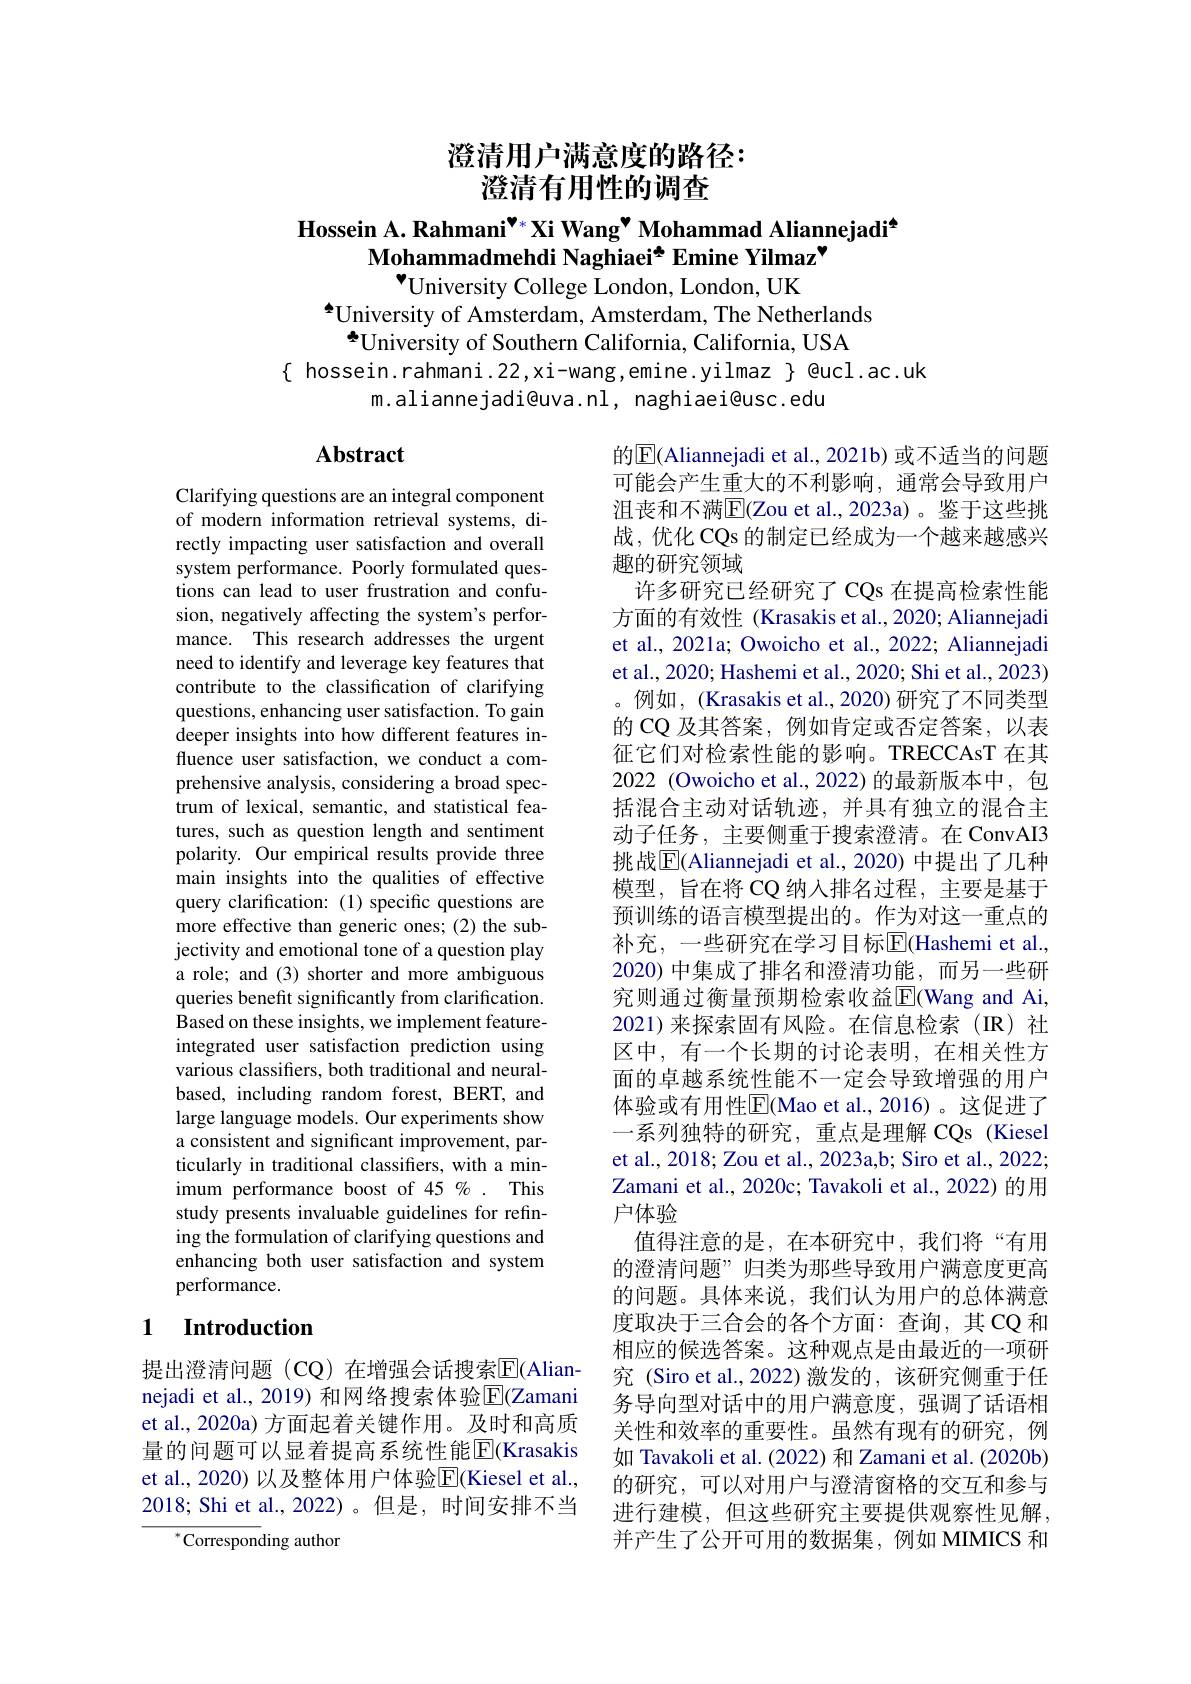
澄清用户满意度的路径：
澄清有用性的调查

Hossein A. Rahmani$^{\text{\"{*}}*}$Xi Wang$^{\bullet}$ Mohammad Aliannejadi$^{4}$
Mohammadmehdi Naghiaei* Emine Yilmaz"
$^{\bullet}$University College London, London, UK

$^{\textcircled{4}}$University of Amsterdam, Amsterdam, The Netherlands
$\tilde{\text{University of Southern California, California, USA}}$
$\{$ hossein.rahmani.22,xi-wang,emine.yilmaz $\}$ @ucl.ac.uk
m.aliannejadi@uva.nl, naghiaei@usc.edu

## Abstract

Clarifying questions are an integral component of modern information retrieval systems, directly impacting user satisfaction and overall system performance. Poorly formulated questions can lead to user frustration and confusion, negatively affecting the system's performance. This research addresses the urgent need to identify and leverage key features that contribute to the classification of clarifying questions, enhancing user satisfaction. To gain deeper insights into how different features influence user satisfaction, we conduct a comprehensive analysis, considering a broad spectrum of lexical, semantic, and statistical features, such as question length and sentiment polarity. Our empirical results provide three main insights into the qualities of effective query clarification: (1) specific questions are more effective than generic ones; (2) the subjectivity and emotional tone of a question play a role; and (3) shorter and more ambiguous queries benefit significantly from clarification. Based on these insights, we implement featureintegrated user satisfaction prediction using various classifiers, both traditional and neuralbased, including random forest, BERT, and large language models. Our experiments show a consistent and significant improvement, particularly in traditional classifers, with a minimum performance boost of 45 % . This study presents invaluable guidelines for refining the formulation of clarifying questions and enhancing both user satisfaction and system performance.

## 1 Introduction

提出澄清问题(CQ)在增强会话搜索$\overline{\mathrm{E}}$(Aliannejadi et al., 2019) 和网络搜索体验$\overline{\mathrm{E}}($Zamani et al., 2020a) 方面起着关键作用。及时和高质量的问题可以显着提高系统性能$\overline{\mathbb{E}}($Krasakis et al., 2020) 以及整体用户体验$\overline{\mathrm{E}}($Kiesel et al., 2018; Shi et al., 2022)。但是，时间安排不当

$^{*}$Corresponding author

的$\boxed{\mathrm{E}}($Aliannejadi et al., 2021b) 或不适当的问题可能会产生重大的不利影响，通常会导致用户沮丧和不满$\overline{\mathrm{E}}($Zou et al.,2023a)。鉴于这些挑战，优化 CQs 的制定已经成为一个越来越感兴趣的研究领域
许多研究已经研究了 CQs 在提高检索性能方面的有效性 (Krasakis et al., 2020; Aliannejadi et al., 2021a; Owoicho et al., 2022; Aliannejadi et al., 2020; Hashemi et al., 2020; Shi et al., 2023) 。例如，(Krasakis et al., 2020) 研究了不同类型的 CQ 及其答案，例如肯定或否定答案，以表征它们对检索性能的影响。TRECCAsT 在其2022 (Owoicho et al.,2022)的最新版本中，包括混合主动对话轨迹，并具有独立的混合主动子任务，主要侧重于搜索澄清。在 ConvAI3挑战$\overline{\mathbb{E}}($Aliannejadi et al., 2020) 中提出了几种模型，旨在将 CQ 纳人排名过程，主要是基于预训练的语言模型提出的。作为对这一重点的补充，一些研究在学习目标$\overline{\mathbb{E}}$(Hashemi et al., 2020)中集成了排名和澄清功能，而另一些研究则通过衡量预期检索收益$\mathbb{E}$(Wang and Ai, 2021)来探索固有风险。在信息检索(IR)社区中，有一个长期的讨论表明，在相关性方面的卓越系统性能不一定会导致增强的用户体验或有用性$\overline{\mathrm{E}}($Mao et al.,2016)。这促进了一系列独特的研究，重点是理解 CQs(Kiesel et al., 2018; Zou et al., 2023a,b; Siro et al., 2022; Zamani et al., 2020c; Tavakoli et al., 2022) 的用户体验
值得注意的是，在本研究中，我们将“有用的澄清问题”归类为那些导致用户满意度更高的问题。具体来说，我们认为用户的总体满意度取决于三合会的各个方面：查询，其 CQ 和相应的候选答案。这种观点是由最近的一项研究 (Siro et al.,2022) 激发的，该研究侧重于任务导向型对话中的用户满意度，强调了话语相关性和效率的重要性。虽然有现有的研究，例如 Tavakoli et al. (2022) 和 Zamani et al. (2020b) 的研究，可以对用户与澄清窗格的交互和参与进行建模，但这些研究主要提供观察性见解， 并产生了公开可用的数据集，例如 MIMICS 和